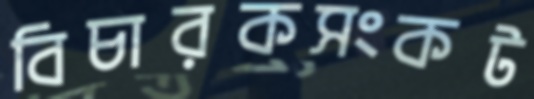
বিচারকসংকট